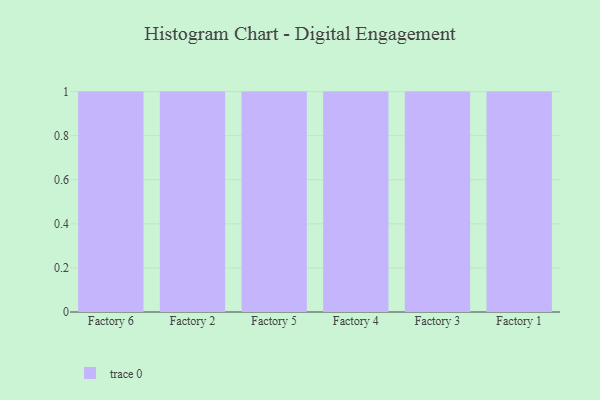
{"axis": {"x": "Factory", "y": "Budget (USD K)"}, "legend": [""], "data": [{"x": "Factory 6", "y": 8, "type": ""}, {"x": "Factory 2", "y": 25, "type": ""}, {"x": "Factory 5", "y": 98, "type": ""}, {"x": "Factory 4", "y": 36, "type": ""}, {"x": "Factory 3", "y": 37, "type": ""}, {"x": "Factory 1", "y": 76, "type": ""}]}